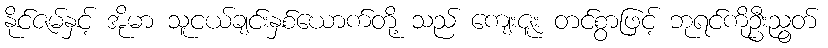
နိုင်ဇမ်နှင့် အိုမာ သူငယ်ချင်းနှစ်ယောက်တို့ သည် ကျေးဇူး တင်စွာဖြင့် ဘုရင်ကိုဦးညွတ်